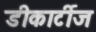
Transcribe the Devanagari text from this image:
डीकार्टीज